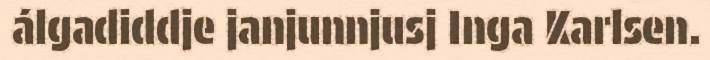
álgadiddje janjunnjusj Inga Karlsen.